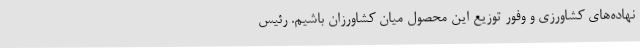
نهاده‌های کشاورزی و وفور توزیع این محصول میان کشاورزان باشیم. رئیس